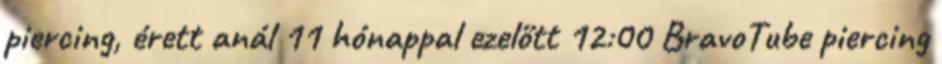
piercing, érett anál 11 hónappal ezelőtt 12:00 BravoTube piercing